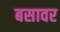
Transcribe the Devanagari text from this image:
बसावर